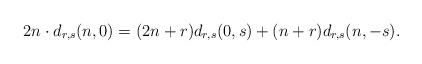
LaTeX: \begin{align*}2n\cdot d_{r,s}(n,0)=(2n+r)d_{r,s}(0,s)+(n+r)d_{r,s}(n,-s).\end{align*}